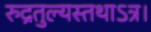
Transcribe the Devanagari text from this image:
रुद्रतुल्यस्तथाऽत्र।